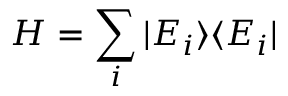
H = \sum _ { i } | E _ { i } \rangle \langle E _ { i } |